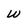
Character: w